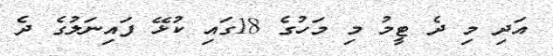
އަދި މި ދެ ޓީމު މި މަހުގެ 18ގައި ކުޅޭ ފައިނަލުގެ ދެ